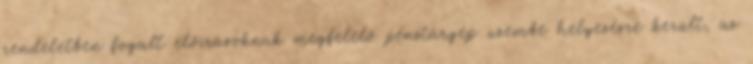
rendeletben fogalt előírásoknak megfelelő pénztárgép üzembe helyezésre került, az